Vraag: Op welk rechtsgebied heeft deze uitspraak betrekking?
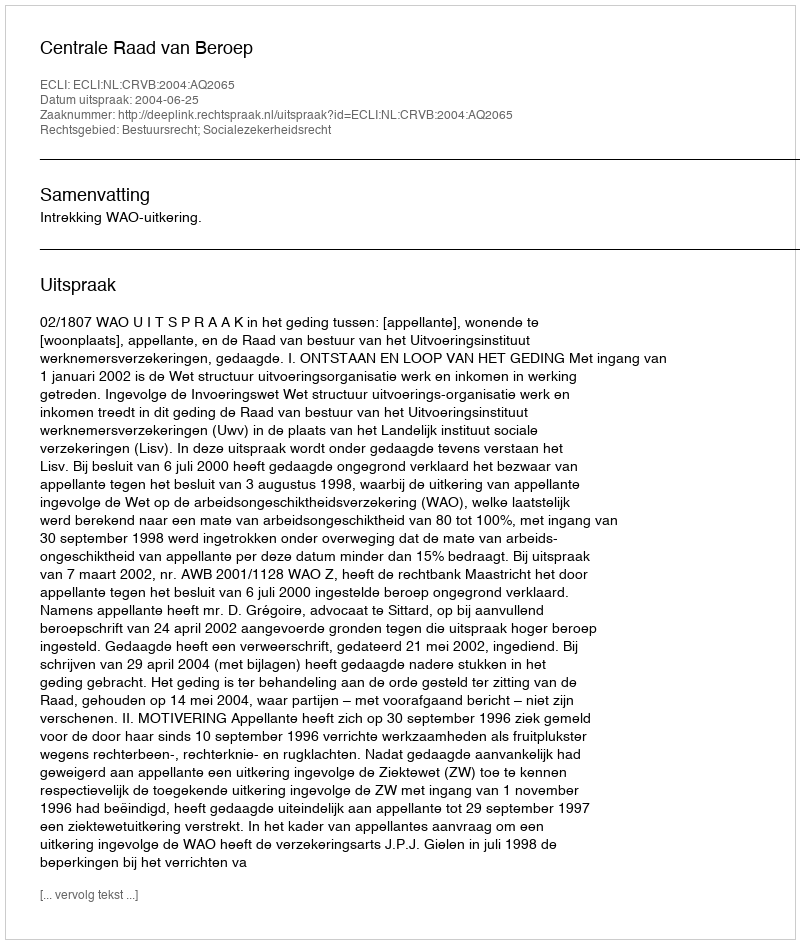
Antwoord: Bestuursrecht; Socialezekerheidsrecht